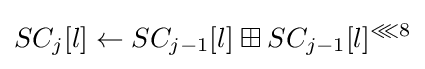
SC_{j}[l]\leftarrow SC_{j-1}[l]\boxplus SC_{j-1}[l]^{\lll 8}